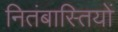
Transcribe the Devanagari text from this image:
नितंबास्तियों